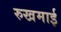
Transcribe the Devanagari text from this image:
रुखमाई